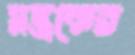
মন্ত্রকের